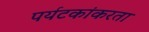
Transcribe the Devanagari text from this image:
पर्यटकांकरता